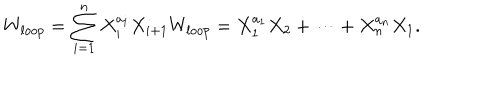
W _ { l o o p } = \sum _ { i = 1 } ^ { n } { X _ { i } ^ { a _ { i } } X _ { i + 1 } } W _ { l o o p } = X _ { 1 } ^ { a _ { 1 } } X _ { 2 } + \cdots + X _ { n } ^ { a _ { n } } X _ { 1 } .